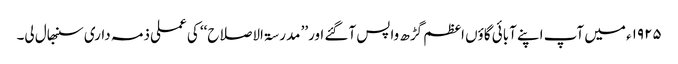
۱۹۲۵ء میں آپ اپنے آبائی گاؤں اعظم گڑھ واپس آگئے اور’’ مدرسۃ الاصلاح‘‘ کی عملی ذمہ داری سنبھال لی۔